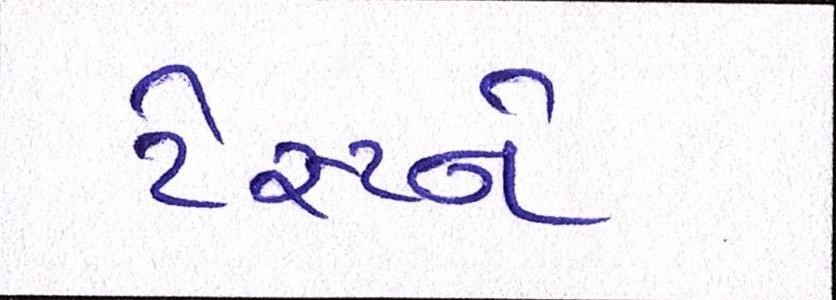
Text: ટેસ્ટને